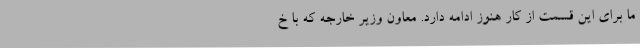
ما برای این قسمت از کار هنوز ادامه دارد. معاون وزیر خارجه که با خ